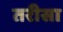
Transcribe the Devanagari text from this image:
तरीसा